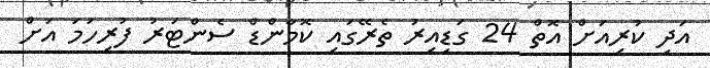
އަދި ކުރިއަށް އޮތް 24 ގަޑިއިރު ތެރޭގައި ކޮމާންޑް ސެންޓަރު ފުރިހަމަ އަށް